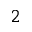
2